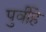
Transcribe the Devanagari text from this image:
पुर्वीहे